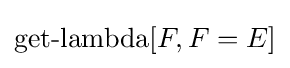
\operatorname {get-lambda} [F,F=E]